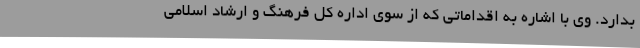
بدارد. وی با اشاره به اقداماتی که از سوی اداره کل فرهنگ و ارشاد اسلامی